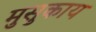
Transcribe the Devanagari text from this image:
मुसुकाय